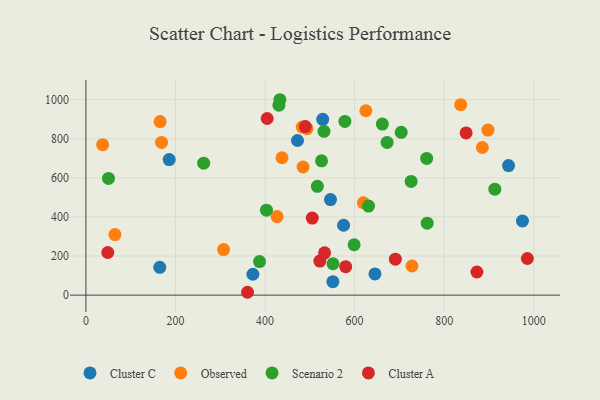
{"axis": {"x": "Investment", "y": "Exam Score"}, "legend": ["Cluster A", "Cluster C", "Observed", "Scenario 2"], "data": [{"x": "164.9", "y": 142.2, "type": "Cluster C"}, {"x": "645.5", "y": 108.6, "type": "Cluster C"}, {"x": "974.9", "y": 379.3, "type": "Cluster C"}, {"x": "546.2", "y": 488.7, "type": "Cluster C"}, {"x": "472.5", "y": 791.0, "type": "Cluster C"}, {"x": "186.0", "y": 693.6, "type": "Cluster C"}, {"x": "943.8", "y": 662.6, "type": "Cluster C"}, {"x": "551.5", "y": 69.0, "type": "Cluster C"}, {"x": "372.9", "y": 106.9, "type": "Cluster C"}, {"x": "528.8", "y": 899.2, "type": "Cluster C"}, {"x": "575.4", "y": 357.6, "type": "Cluster C"}, {"x": "165.7", "y": 887.7, "type": "Observed"}, {"x": "493.7", "y": 851.7, "type": "Observed"}, {"x": "426.9", "y": 402.2, "type": "Observed"}, {"x": "619.6", "y": 472.6, "type": "Observed"}, {"x": "885.4", "y": 755.3, "type": "Observed"}, {"x": "483.2", "y": 859.8, "type": "Observed"}, {"x": "897.8", "y": 844.2, "type": "Observed"}, {"x": "625.1", "y": 943.2, "type": "Observed"}, {"x": "485.0", "y": 655.6, "type": "Observed"}, {"x": "438.0", "y": 702.8, "type": "Observed"}, {"x": "64.8", "y": 310.0, "type": "Observed"}, {"x": "307.4", "y": 233.3, "type": "Observed"}, {"x": "168.9", "y": 781.4, "type": "Observed"}, {"x": "728.1", "y": 149.1, "type": "Observed"}, {"x": "37.3", "y": 769.6, "type": "Observed"}, {"x": "837.0", "y": 974.2, "type": "Observed"}, {"x": "599.0", "y": 257.9, "type": "Scenario 2"}, {"x": "433.2", "y": 999.7, "type": "Scenario 2"}, {"x": "516.9", "y": 556.6, "type": "Scenario 2"}, {"x": "50.4", "y": 597.1, "type": "Scenario 2"}, {"x": "431.0", "y": 971.5, "type": "Scenario 2"}, {"x": "662.0", "y": 875.3, "type": "Scenario 2"}, {"x": "762.1", "y": 368.4, "type": "Scenario 2"}, {"x": "387.7", "y": 171.6, "type": "Scenario 2"}, {"x": "631.1", "y": 455.9, "type": "Scenario 2"}, {"x": "551.7", "y": 160.7, "type": "Scenario 2"}, {"x": "913.2", "y": 542.2, "type": "Scenario 2"}, {"x": "526.2", "y": 687.1, "type": "Scenario 2"}, {"x": "672.6", "y": 781.1, "type": "Scenario 2"}, {"x": "704.1", "y": 832.8, "type": "Scenario 2"}, {"x": "263.0", "y": 675.3, "type": "Scenario 2"}, {"x": "761.0", "y": 699.2, "type": "Scenario 2"}, {"x": "531.7", "y": 837.8, "type": "Scenario 2"}, {"x": "578.4", "y": 888.5, "type": "Scenario 2"}, {"x": "726.3", "y": 581.9, "type": "Scenario 2"}, {"x": "403.2", "y": 434.8, "type": "Scenario 2"}, {"x": "505.5", "y": 394.3, "type": "Cluster A"}, {"x": "404.8", "y": 903.6, "type": "Cluster A"}, {"x": "522.4", "y": 174.5, "type": "Cluster A"}, {"x": "985.9", "y": 187.6, "type": "Cluster A"}, {"x": "691.1", "y": 184.0, "type": "Cluster A"}, {"x": "533.0", "y": 216.7, "type": "Cluster A"}, {"x": "490.0", "y": 862.6, "type": "Cluster A"}, {"x": "849.1", "y": 830.0, "type": "Cluster A"}, {"x": "580.1", "y": 145.8, "type": "Cluster A"}, {"x": "48.8", "y": 218.2, "type": "Cluster A"}, {"x": "360.9", "y": 14.7, "type": "Cluster A"}, {"x": "873.2", "y": 118.3, "type": "Cluster A"}]}